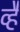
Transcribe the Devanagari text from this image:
व्है